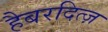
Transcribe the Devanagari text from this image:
हैबरदित्ज़